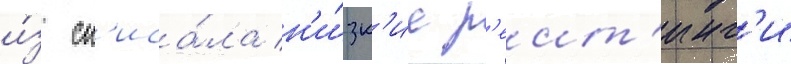
и́з сп'иса́ла н'и́зк'ие р'еит'инг'и